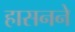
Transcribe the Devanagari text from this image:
हासनने